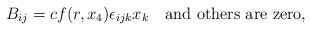
\begin{align*}B_{ij}=cf(r,x_4)\epsilon_{ijk}x_k \quad \mbox{and\ others are zero},\end{align*}